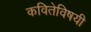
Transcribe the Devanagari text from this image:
कवितेविषयी